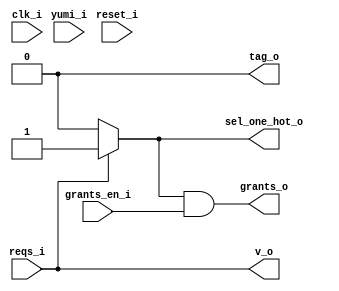
// This program was cloned from: https://github.com/NYU-MLDA/OpenABC
// License: BSD 3-Clause "New" or "Revised" License

module bsg_round_robin_arb_inputs_p1
(
  clk_i,
  reset_i,
  grants_en_i,
  reqs_i,
  grants_o,
  sel_one_hot_o,
  v_o,
  tag_o,
  yumi_i
);

  input [0:0] reqs_i;
  output [0:0] grants_o;
  output [0:0] sel_one_hot_o;
  output [0:0] tag_o;
  input clk_i;
  input reset_i;
  input grants_en_i;
  input yumi_i;
  output v_o;
  wire [0:0] grants_o,sel_one_hot_o,tag_o;
  wire v_o,N0,N1,N2;
  assign tag_o[0] = 1'b0;
  assign v_o = reqs_i[0];
  assign N2 = ~reqs_i[0];
  assign sel_one_hot_o[0] = (N0)? 1'b0 : 
                            (N1)? 1'b1 : 1'b0;
  assign N0 = N2;
  assign N1 = reqs_i[0];
  assign grants_o[0] = sel_one_hot_o[0] & grants_en_i;

endmodule